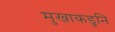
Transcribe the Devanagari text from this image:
मुखाकडुनि